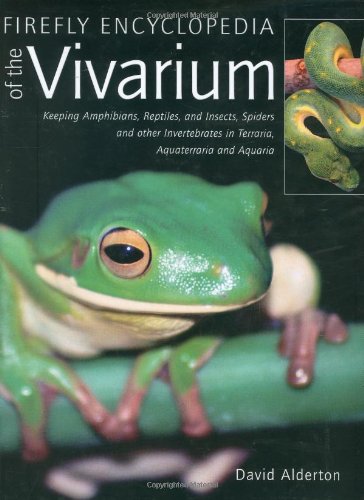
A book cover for Firefly Encyclopedia of the Vivarium: Keeping Amphibians, Reptiles, and Insects, Spiders and other Invertebrates in Terraria, Aquaterraria, and Aquaria; David Alderton; Crafts, Hobbies & Home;